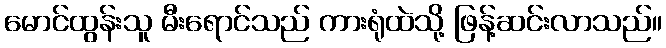
မောင်ထွန်းသူ မီးရောင်သည် ကားရုံထဲသို့ ဖြန့်ဆင်းလာသည်။